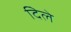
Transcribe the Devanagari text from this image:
दिेले